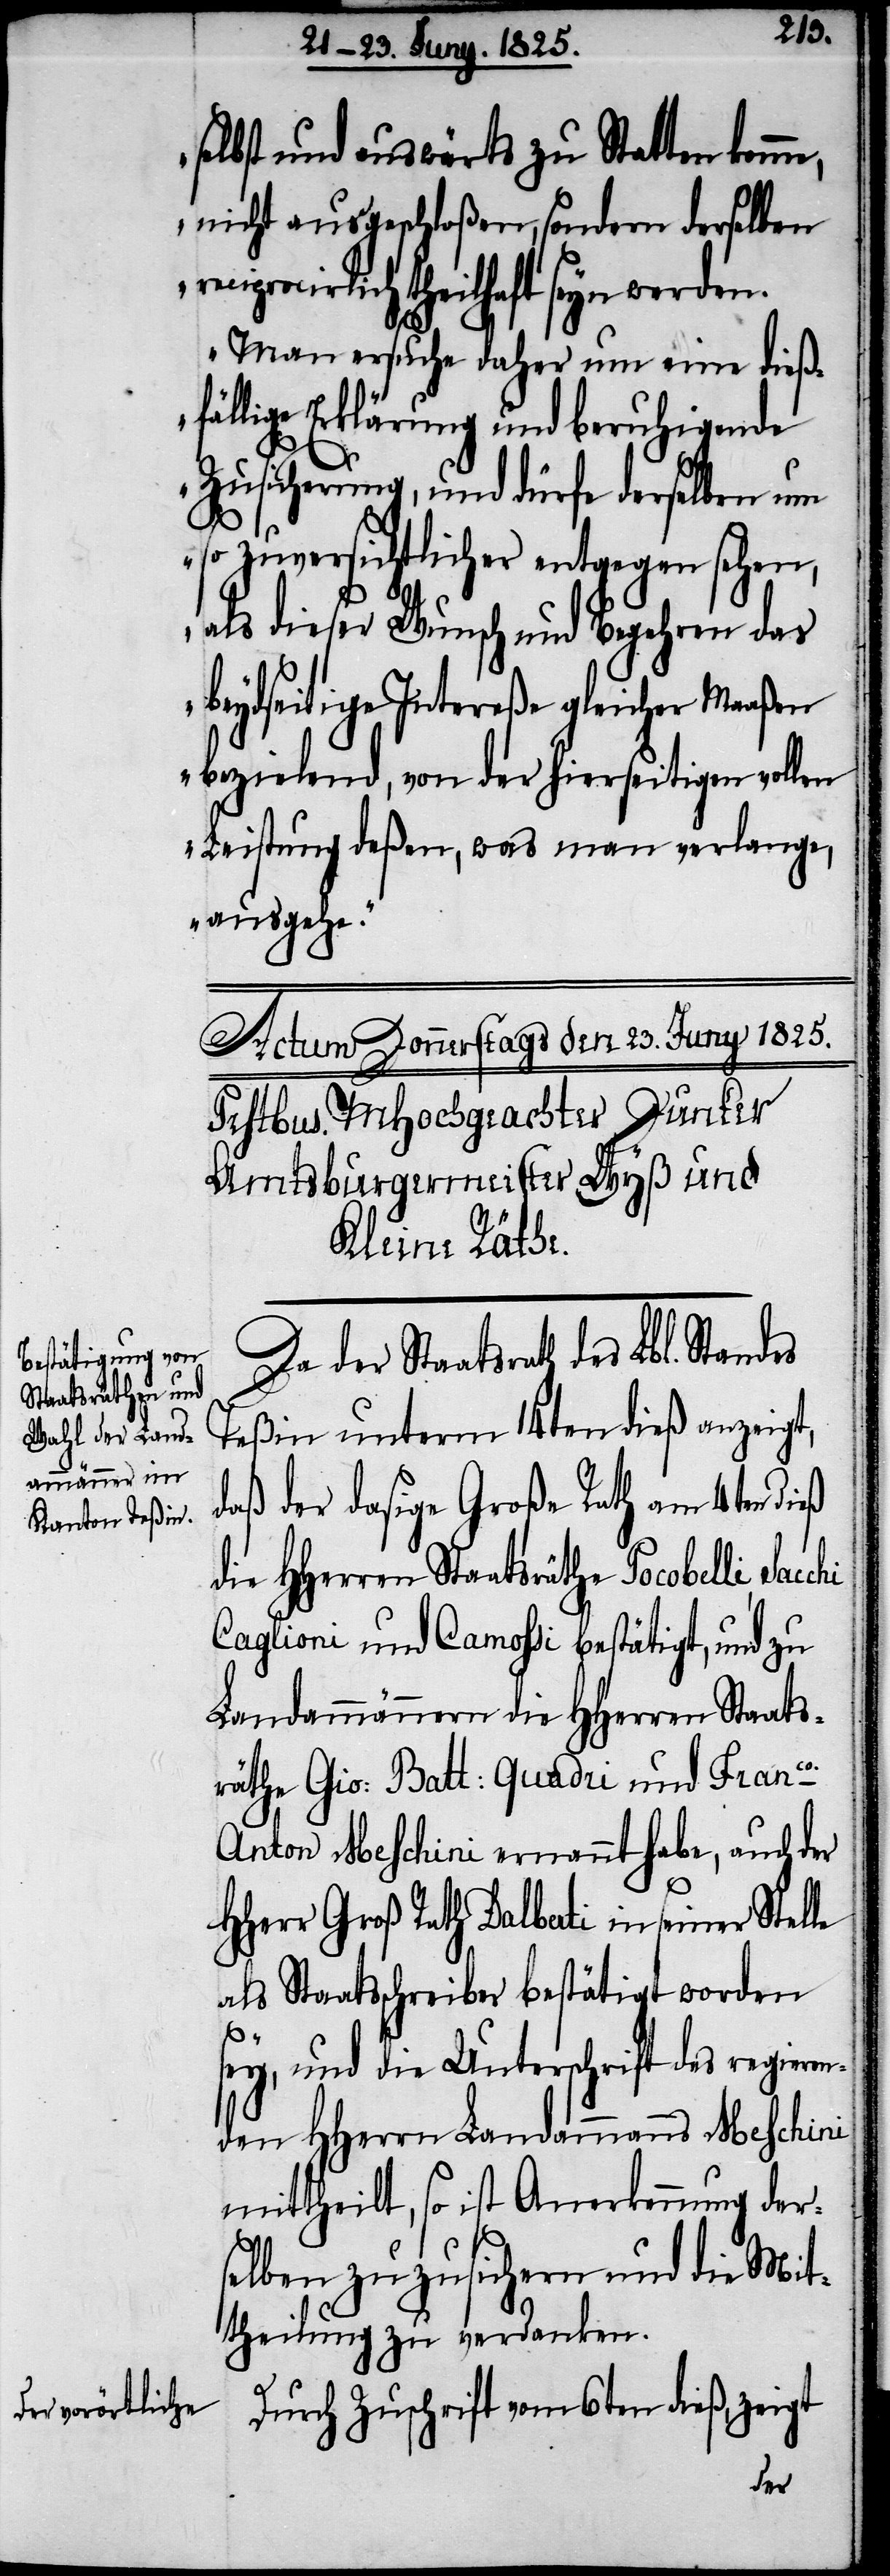
Staatsrath des

r¬
selbst und auswärts zu Statten komme,
nicht ausgeschloßen, sondern derselben
eciprocirlich theilhaft seyn werden.
Man ersuche daher um eine dießf¬
ällige Erklärung und beruhigende
Zusicherung, und dürfe derselben um
so zuversichtlicher entgegen sehen,
als dieser Wunsch und Begehren das
beydseitige Intereße gleicher Maaßen
beziehend, von der hierseitigen vollen
Leistung deßen, was man verlange,
ausgehe.“
Teßin unterm 14ten dieß anzeigt,
daß der dasige Große Rath am 4ten dieß
die HHerren Staatsräthe Pocobelli,
Caglioni und Camossi bestätigt, und zu
Landammännern die HHerren Staats¬
räthe Gio: Batt: Quadri und Franco.
Anton Meschini ernannt habe, auch der
HHerr Groß Rath Dalbati in seiner Stel¬
als Staatsschreiber bestätigt worden
sey, und die Unterschrift des regieren¬
den HHerrn Landammanns Meschini
mittheilt, so ist Anerkennung der¬
selben zuzusichern und die Mit¬
theilung zu verdanken.
Durch Zuschrift vom 6ten dieß, zeigt
le